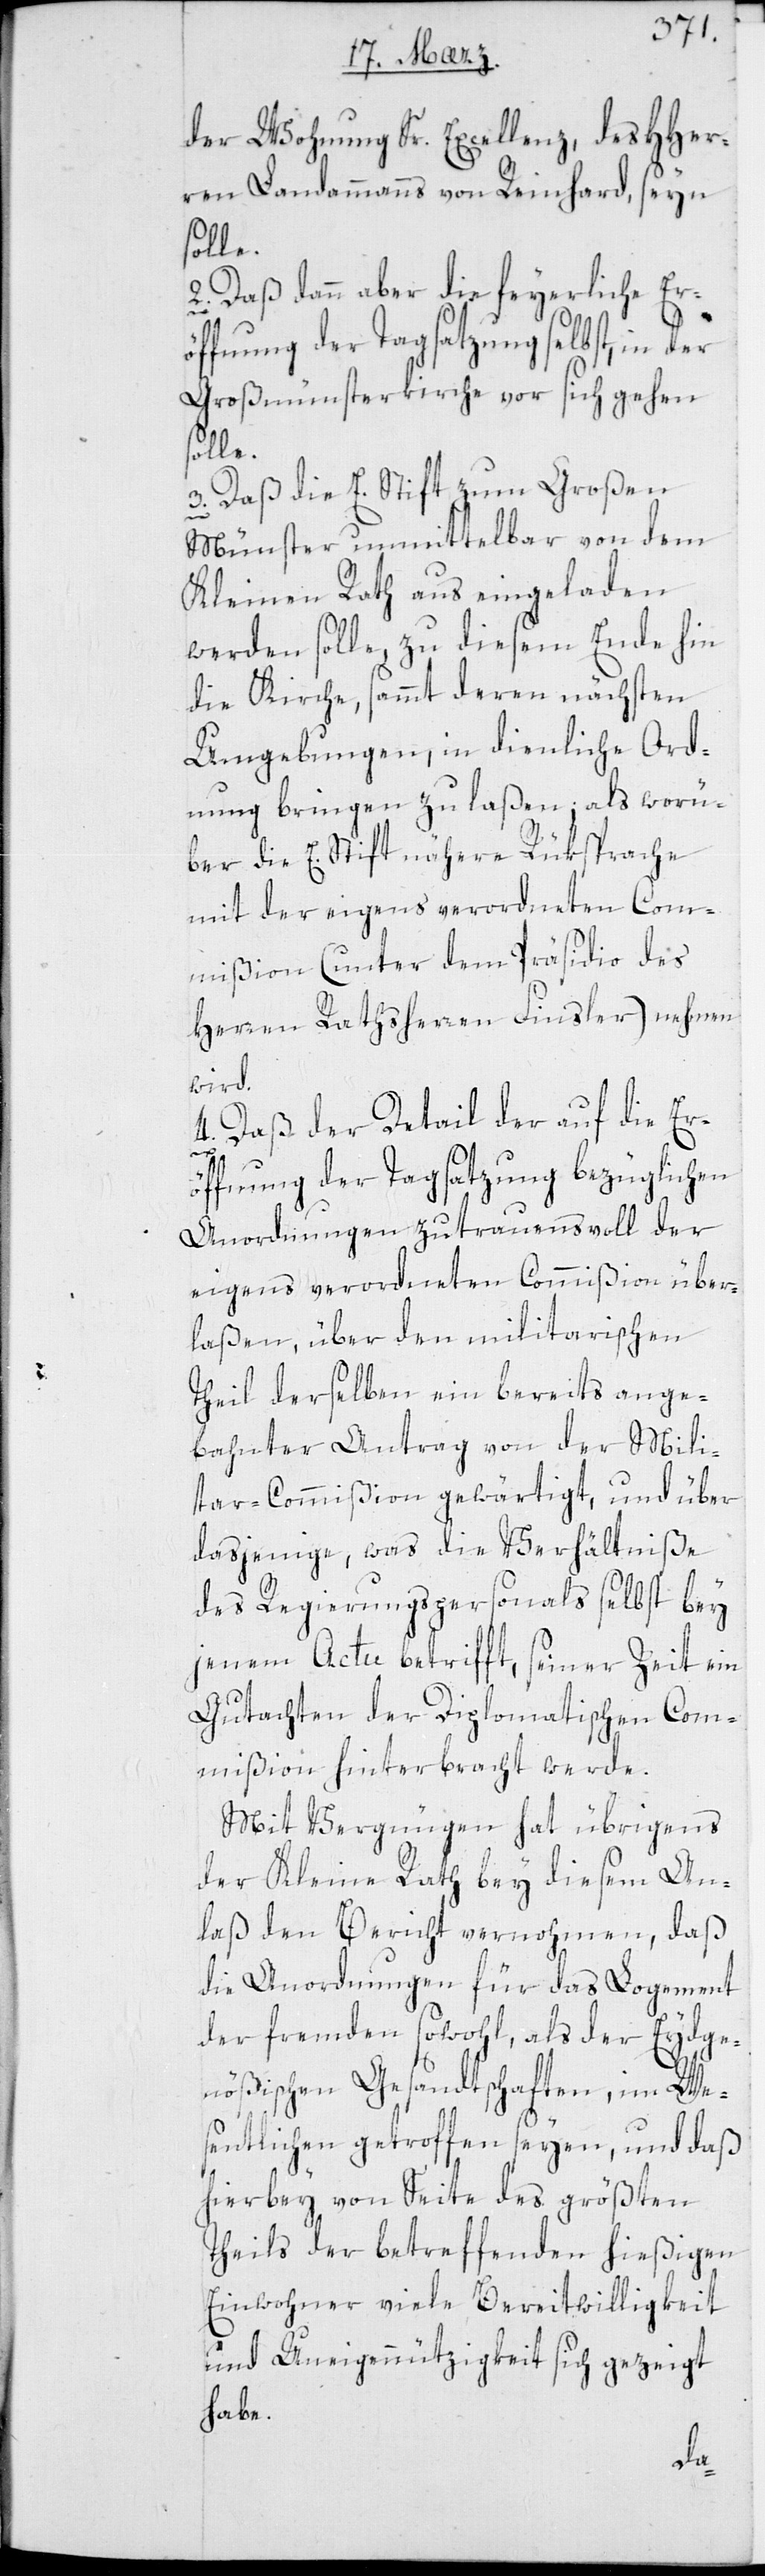
der Wohnung Sr. Excellenz des HHer¬
ren Landammanns von Reinhard, seyn
2. Daß dann aber die feyerliche Er¬
öffnung der Tagsatzung selbst, in der
Großmünsterkirche vor sich gehen
solle.
3. Daß die E. Stift zum Großen
Münster unmittelbar von dem
Kleinen Rath aus eingeladen
werden solle, zu diesem Ende hin
die Kirche, sammt deren nächsten
Umgebungen, in dienliche Ord¬
nung bringen zu laßen; als worü¬
ber die E. Stift nähere Rüksprache
mit der eigens verordneten Com¬
mißion (unter dem Präsidio des
Herren Rathsherren Finsler) nehmen
wird.
4. Daß der Detail der auf die Erö¬
ffnung der Tagsatzung bezüglichen
Anordnungen zutrauensvoll der
eigens verordneten Commißion über¬
laßen, über den militarischen
Theil derselben ein bereits ange¬
bahnter Antrag von der Mili¬
tar-Commißion gewärtigt, und über
dasjenige, was die Verhältniße
des Regierungspersonals selbst bey
jenem Actu betrifft, seiner Zeit ein
Gutachten der Diplomatischen Com¬
mißion hinterbracht werde.
Mit Vergnügen hat übrigens
der Kleine Rath bei diesem An¬
laß den Bericht vernohmen, daß
die Anordnungen für das Logement
der fremden sowohl, als der Eydge¬
nößischen Gesandtschaften, im We¬
sentlichen getroffen seyen, und daß
hierbey von Seite des größten
Theils der betreffenden hießigen
Einwohner viele Bereitwilligkeit
und Uneigennützigkeit sich gezeigt
habe.